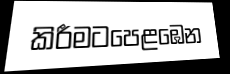
කිරීමටපෙළඹෙන